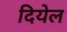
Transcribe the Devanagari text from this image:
दियेल